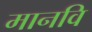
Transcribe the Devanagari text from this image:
मानवि